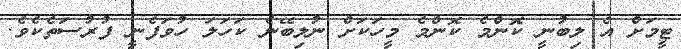
ޓީމަށް އެ ލިބުނީ ކޮންމެ ކޮންމެ މީހަކަށް ނުލިބޭނެ ކަހަލަ ހުވަފެނީ ފުރުސަތެކެވެ.